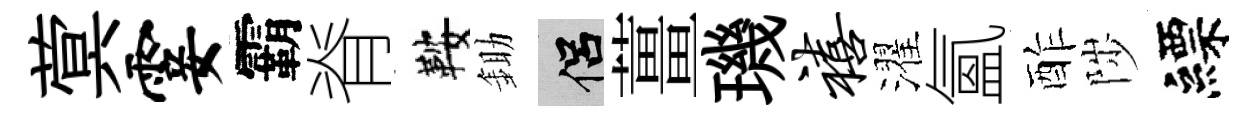
蓂霎霸脊鞍鋤侣薑璣禧濯氳酢陟縹